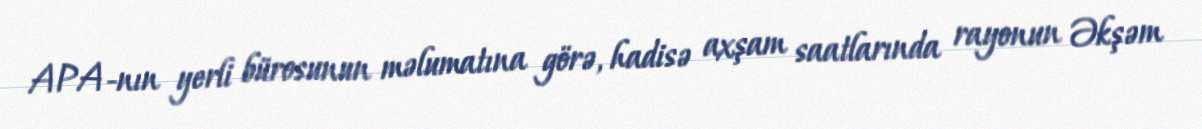
APA-nın yerli bürosunun məlumatına görə, hadisə axşam saatlarında rayonun Əkşəm